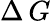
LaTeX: \Delta\, G